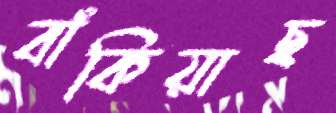
বাঁকিয়াছ